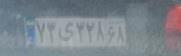
۷۳ی۳۲۸۶۸